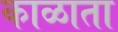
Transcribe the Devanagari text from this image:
काळाता